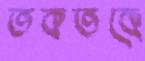
তকতকে